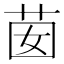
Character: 𦮗